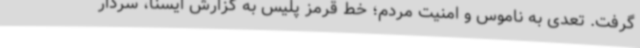
گرفت. تعدی به ناموس و امنیت مردم؛ خط قرمز پلیس به گزارش ایسنا، سردار